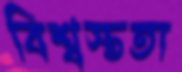
বিশ্বস্ততা